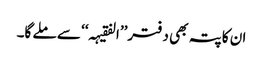
ان کا پتہ بھی دفتر’’ا لفقیہہ‘‘ سے ملے گا۔